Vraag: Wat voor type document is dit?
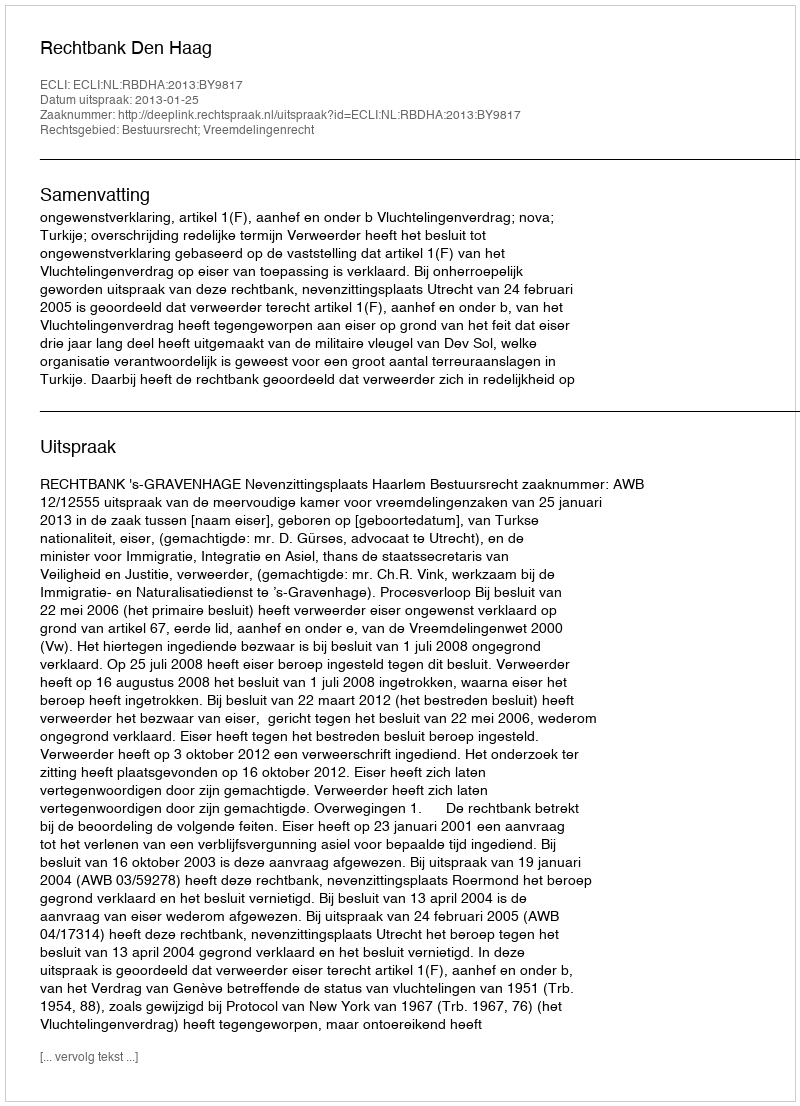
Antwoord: Uitspraak